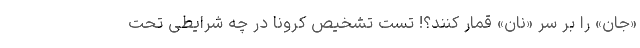
«جان» را بر سرِ «نان» قمار کنند؟! تست تشخیص کرونا در چه شرایطی تحت